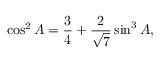
\cos ^ { 2 } A = { \frac { 3 } { 4 } } + { \frac { 2 } { \sqrt { 7 } } } \sin ^ { 3 } A ,